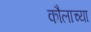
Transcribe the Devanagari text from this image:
कौलाच्या